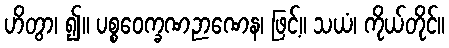
ဟိတွာ၊ ၍။ ပစ္စဝေက္ခဏဉာဏေန၊ ဖြင့်။ သယံ၊ ကိုယ်တိုင်။